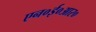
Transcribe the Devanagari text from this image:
एन०ई०आर०